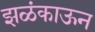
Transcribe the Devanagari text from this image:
झळंकाऊन